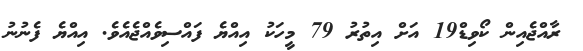
ރާއްޖެއިން ކޯވިޑް19 އަށް އިތުރު 79 މީހަކު އިއްޔެ ފައްސިވެއްޖެއެވެ. އިއްޔެ ފެނުނު